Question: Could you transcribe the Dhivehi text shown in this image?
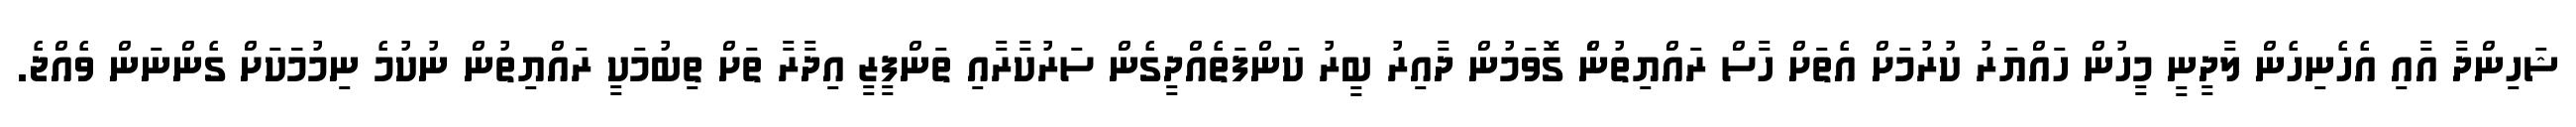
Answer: ޝަހިންދާ އާއި އެހެނިހެން ލާދީނީ މީހުން ހައްޔަރު ކުރުމަށް އެތަށް ހާސް ރައްޔިތުނެް ގޮވަމުން ދާއިރު ބީރު ކަންފަތެއްދީގެން ސަރުކާރާއި ތަންފީޒީ އިދާރާ ތަށް ތިބުމަކީ ރައްޔިތުން ނުކުމެ ނިމުމަަކަށް ގެންނަން ވެއްޖެ.